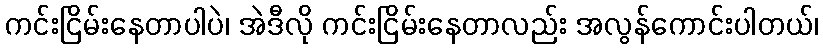
ကင်းငြိမ်းနေတာပါပဲ၊ အဲဒီလို ကင်းငြိမ်းနေတာလည်း အလွန်ကောင်းပါတယ်၊